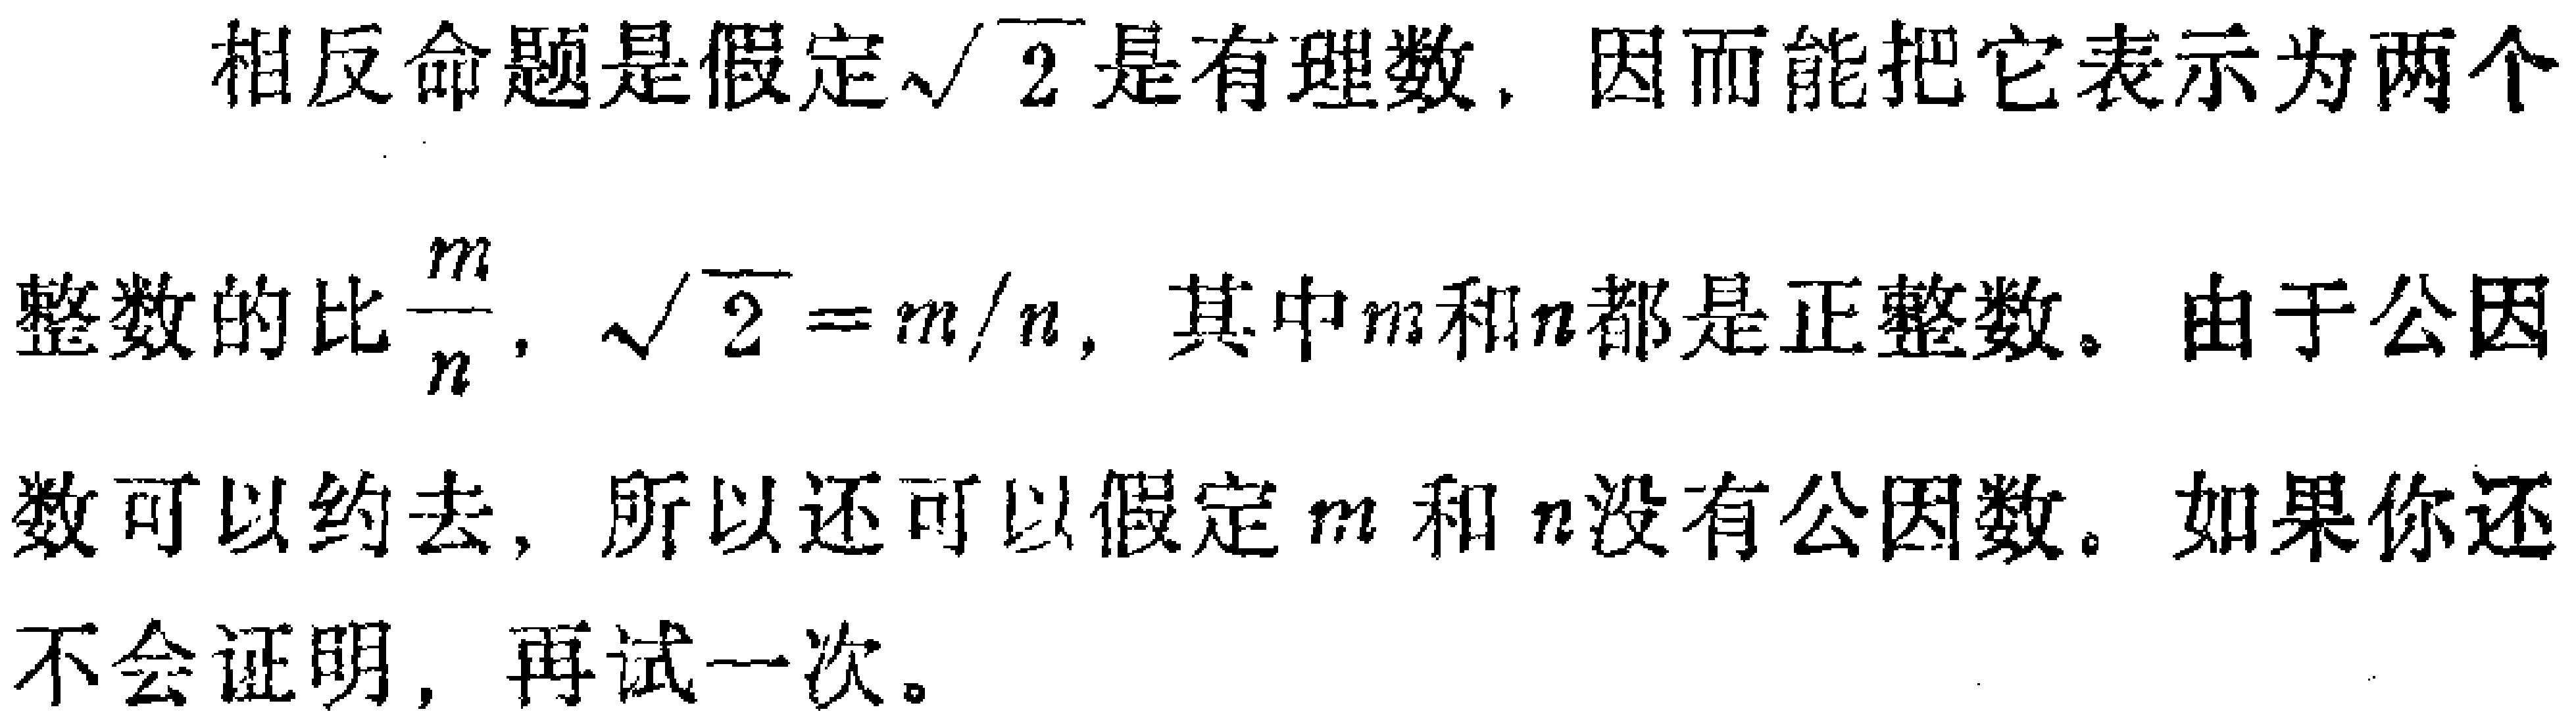
相反命题是假定\(\sqrt{2}\)是有理数，因而能把它表示为两个整数的比\(\frac{m}{n}\)，\(\sqrt{2}=m/n\)，其中\(m\)和\(n\)都是正整数。由于公因数可以约去，所以还可以假定\(m\)和\(n\)没有公因数。如果你还不会证明，再试一次。